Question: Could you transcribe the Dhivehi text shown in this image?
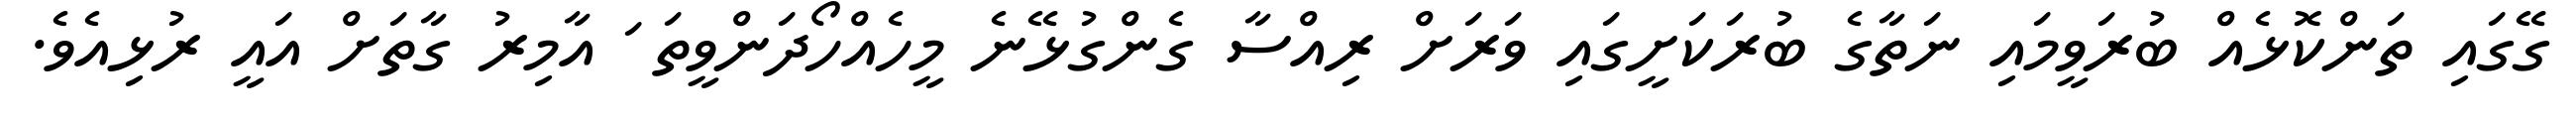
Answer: ގޭގައި ތަންކޮޅެއް ބުރަވީމައި ނަތާގެ ބުރަކަށީގައި ވަރަށް ރިއްސާ ގެންގުޅޭނެ މީހެއްހޯދަންވީތަ ަ އާމިރު ގާތަށް އައީ ރުޅިއެވެ.